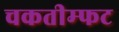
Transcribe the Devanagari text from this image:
चकतीम्फट